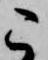
こ